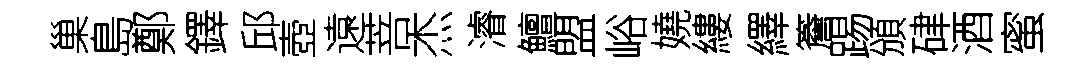
巢島鄭鐸邱壺遠菩杰濬鱣盟峪嬈縷繹簷踢頒硉酒蜜